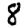
Digit: 8